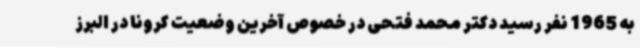
به 1965 نفر رسید دکتر محمد فتحی در خصوص آخرین وضعیت کرونا در البرز